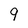
Character: 9